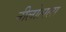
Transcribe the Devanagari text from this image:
नीलोत्पला